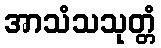
အာသံသသုတ္တံ